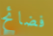
فضائح